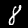
Digit: 8